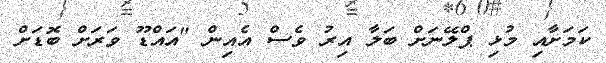
ކަމަށާއި މުޅި ޕްލޭނަށް ބަލާ އިރު ވެސް އެއިން "އައްޑޫ ވަރަށް ބޮޑަށް